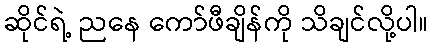
ဆိုင်ရဲ့ ညနေ ကော်ဖီချိန်ကို သိချင်လို့ပါ။